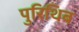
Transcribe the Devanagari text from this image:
पुरिथिब